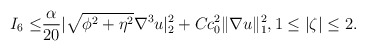
\begin{align*}I_6\leq &\frac{\alpha}{20}|\sqrt{\phi^2+\eta^2}\nabla^3 u|^2_2+ Cc^2_0 \|\nabla u\|^2_{1}, 1\leq |\zeta|\leq 2.\end{align*}